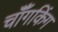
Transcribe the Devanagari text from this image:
चॉँगकिंग